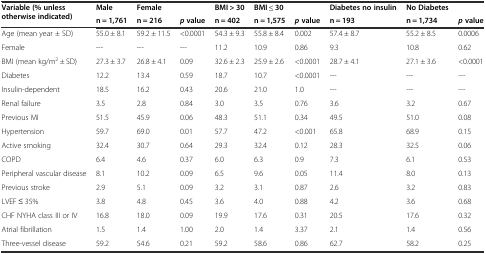
<table><thead><tr><td rowspan="2"><b>Variable (% unless otherwise indicated)</b></td><td><b>Male</b></td><td><b>Female</b></td><td></td><td><b>BMI &gt; 30</b></td><td><b>BMI ≤ 30</b></td><td></td><td><b>Diabetes no insulin</b></td><td><b>No Diabetes</b></td><td></td></tr><tr><td><b>n = 1,761</b></td><td><b>n = 216</b></td><td><b><i>p</i>value</b></td><td><b>n = 402</b></td><td><b>n = 1,575</b></td><td><b><i>p</i>value</b></td><td><b>n = 193</b></td><td><b>n = 1,734</b></td><td><b><i>p</i>value</b></td></tr></thead><tbody><tr><td>Age (mean year ± SD)</td><td>55.0 ± 8.1</td><td>59.2 ± 11.5</td><td>&lt;0.0001</td><td>54.3 ± 9.3</td><td>55.8 ± 8.4</td><td>0.002</td><td>57.4 ± 8.7</td><td>55.2 ± 8.5</td><td>0.0006</td></tr><tr><td>Female</td><td>---</td><td>---</td><td>---</td><td>11.2</td><td>10.9</td><td>0.86</td><td>9.3</td><td>10.8</td><td>0.62</td></tr><tr><td>BMI (mean kg/m<sup>2</sup> ± SD)</td><td>27.3 ± 3.7</td><td>26.8 ± 4.1</td><td>0.09</td><td>32.6 ± 2.3</td><td>25.9 ± 2.6</td><td>&lt;0.0001</td><td>28.7 ± 4.1</td><td>27.1 ± 3.6</td><td>&lt;0.0001</td></tr><tr><td>Diabetes</td><td>12.2</td><td>13.4</td><td>0.59</td><td>18.7</td><td>10.7</td><td>&lt;0.0001</td><td>---</td><td>---</td><td>---</td></tr><tr><td>Insulin-dependent</td><td>18.5</td><td>16.2</td><td>0.43</td><td>20.6</td><td>21.0</td><td>1.0</td><td>---</td><td>---</td><td>---</td></tr><tr><td>Renal failure</td><td>3.5</td><td>2.8</td><td>0.84</td><td>3.0</td><td>3.5</td><td>0.76</td><td>3.6</td><td>3.2</td><td>0.67</td></tr><tr><td>Previous MI</td><td>51.5</td><td>45.9</td><td>0.06</td><td>48.3</td><td>51.1</td><td>0.34</td><td>49.5</td><td>51.0</td><td>0.08</td></tr><tr><td>Hypertension</td><td>59.7</td><td>69.0</td><td>0.01</td><td>57.7</td><td>47.2</td><td>&lt;0.001</td><td>65.8</td><td>68.9</td><td>0.15</td></tr><tr><td>Active smoking</td><td>32.4</td><td>30.7</td><td>0.64</td><td>29.3</td><td>32.4</td><td>0.12</td><td>28.3</td><td>32.5</td><td>0.06</td></tr><tr><td>COPD</td><td>6.4</td><td>4.6</td><td>0.37</td><td>6.0</td><td>6.3</td><td>0.9</td><td>7.3</td><td>6.1</td><td>0.53</td></tr><tr><td>Peripheral vascular disease</td><td>8.1</td><td>10.2</td><td>0.09</td><td>6.5</td><td>9.6</td><td>0.05</td><td>11.4</td><td>8.0</td><td>0.13</td></tr><tr><td>Previous stroke</td><td>2.9</td><td>5.1</td><td>0.09</td><td>3.2</td><td>3.1</td><td>0.87</td><td>2.6</td><td>3.2</td><td>0.83</td></tr><tr><td>LVEF ≤ 35%</td><td>3.8</td><td>4.8</td><td>0.45</td><td>3.6</td><td>4.0</td><td>0.88</td><td>4.2</td><td>3.6</td><td>0.68</td></tr><tr><td>CHF NYHA class III or IV</td><td>16.8</td><td>18.0</td><td>0.09</td><td>19.9</td><td>17.6</td><td>0.31</td><td>20.5</td><td>17.6</td><td>0.32</td></tr><tr><td>Atrial fibrillation</td><td>1.5</td><td>1.4</td><td>1.00</td><td>2.0</td><td>1.4</td><td>3.37</td><td>2.1</td><td>1.4</td><td>0.56</td></tr><tr><td>Three-vessel disease</td><td>59.2</td><td>54.6</td><td>0.21</td><td>59.2</td><td>58.6</td><td>0.86</td><td>62.7</td><td>58.2</td><td>0.25</td></tr></tbody></table>